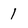
Character: 1